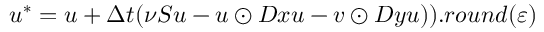
u ^ { * } = u + \Delta t ( \nu S u - u \odot D x u - v \odot D y u ) ) . r o u n d ( \varepsilon )